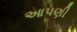
આપણી